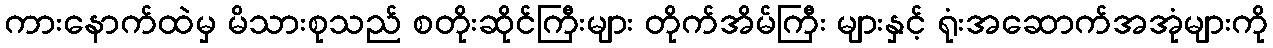
ကားနောက်ထဲမှ မိသားစုသည် စတိုးဆိုင်ကြီးများ တိုက်အိမ်ကြီး များနှင့် ရုံးအဆောက်အအုံများကို